Vabadussoja_Ajaloo_Komitee, lk 12
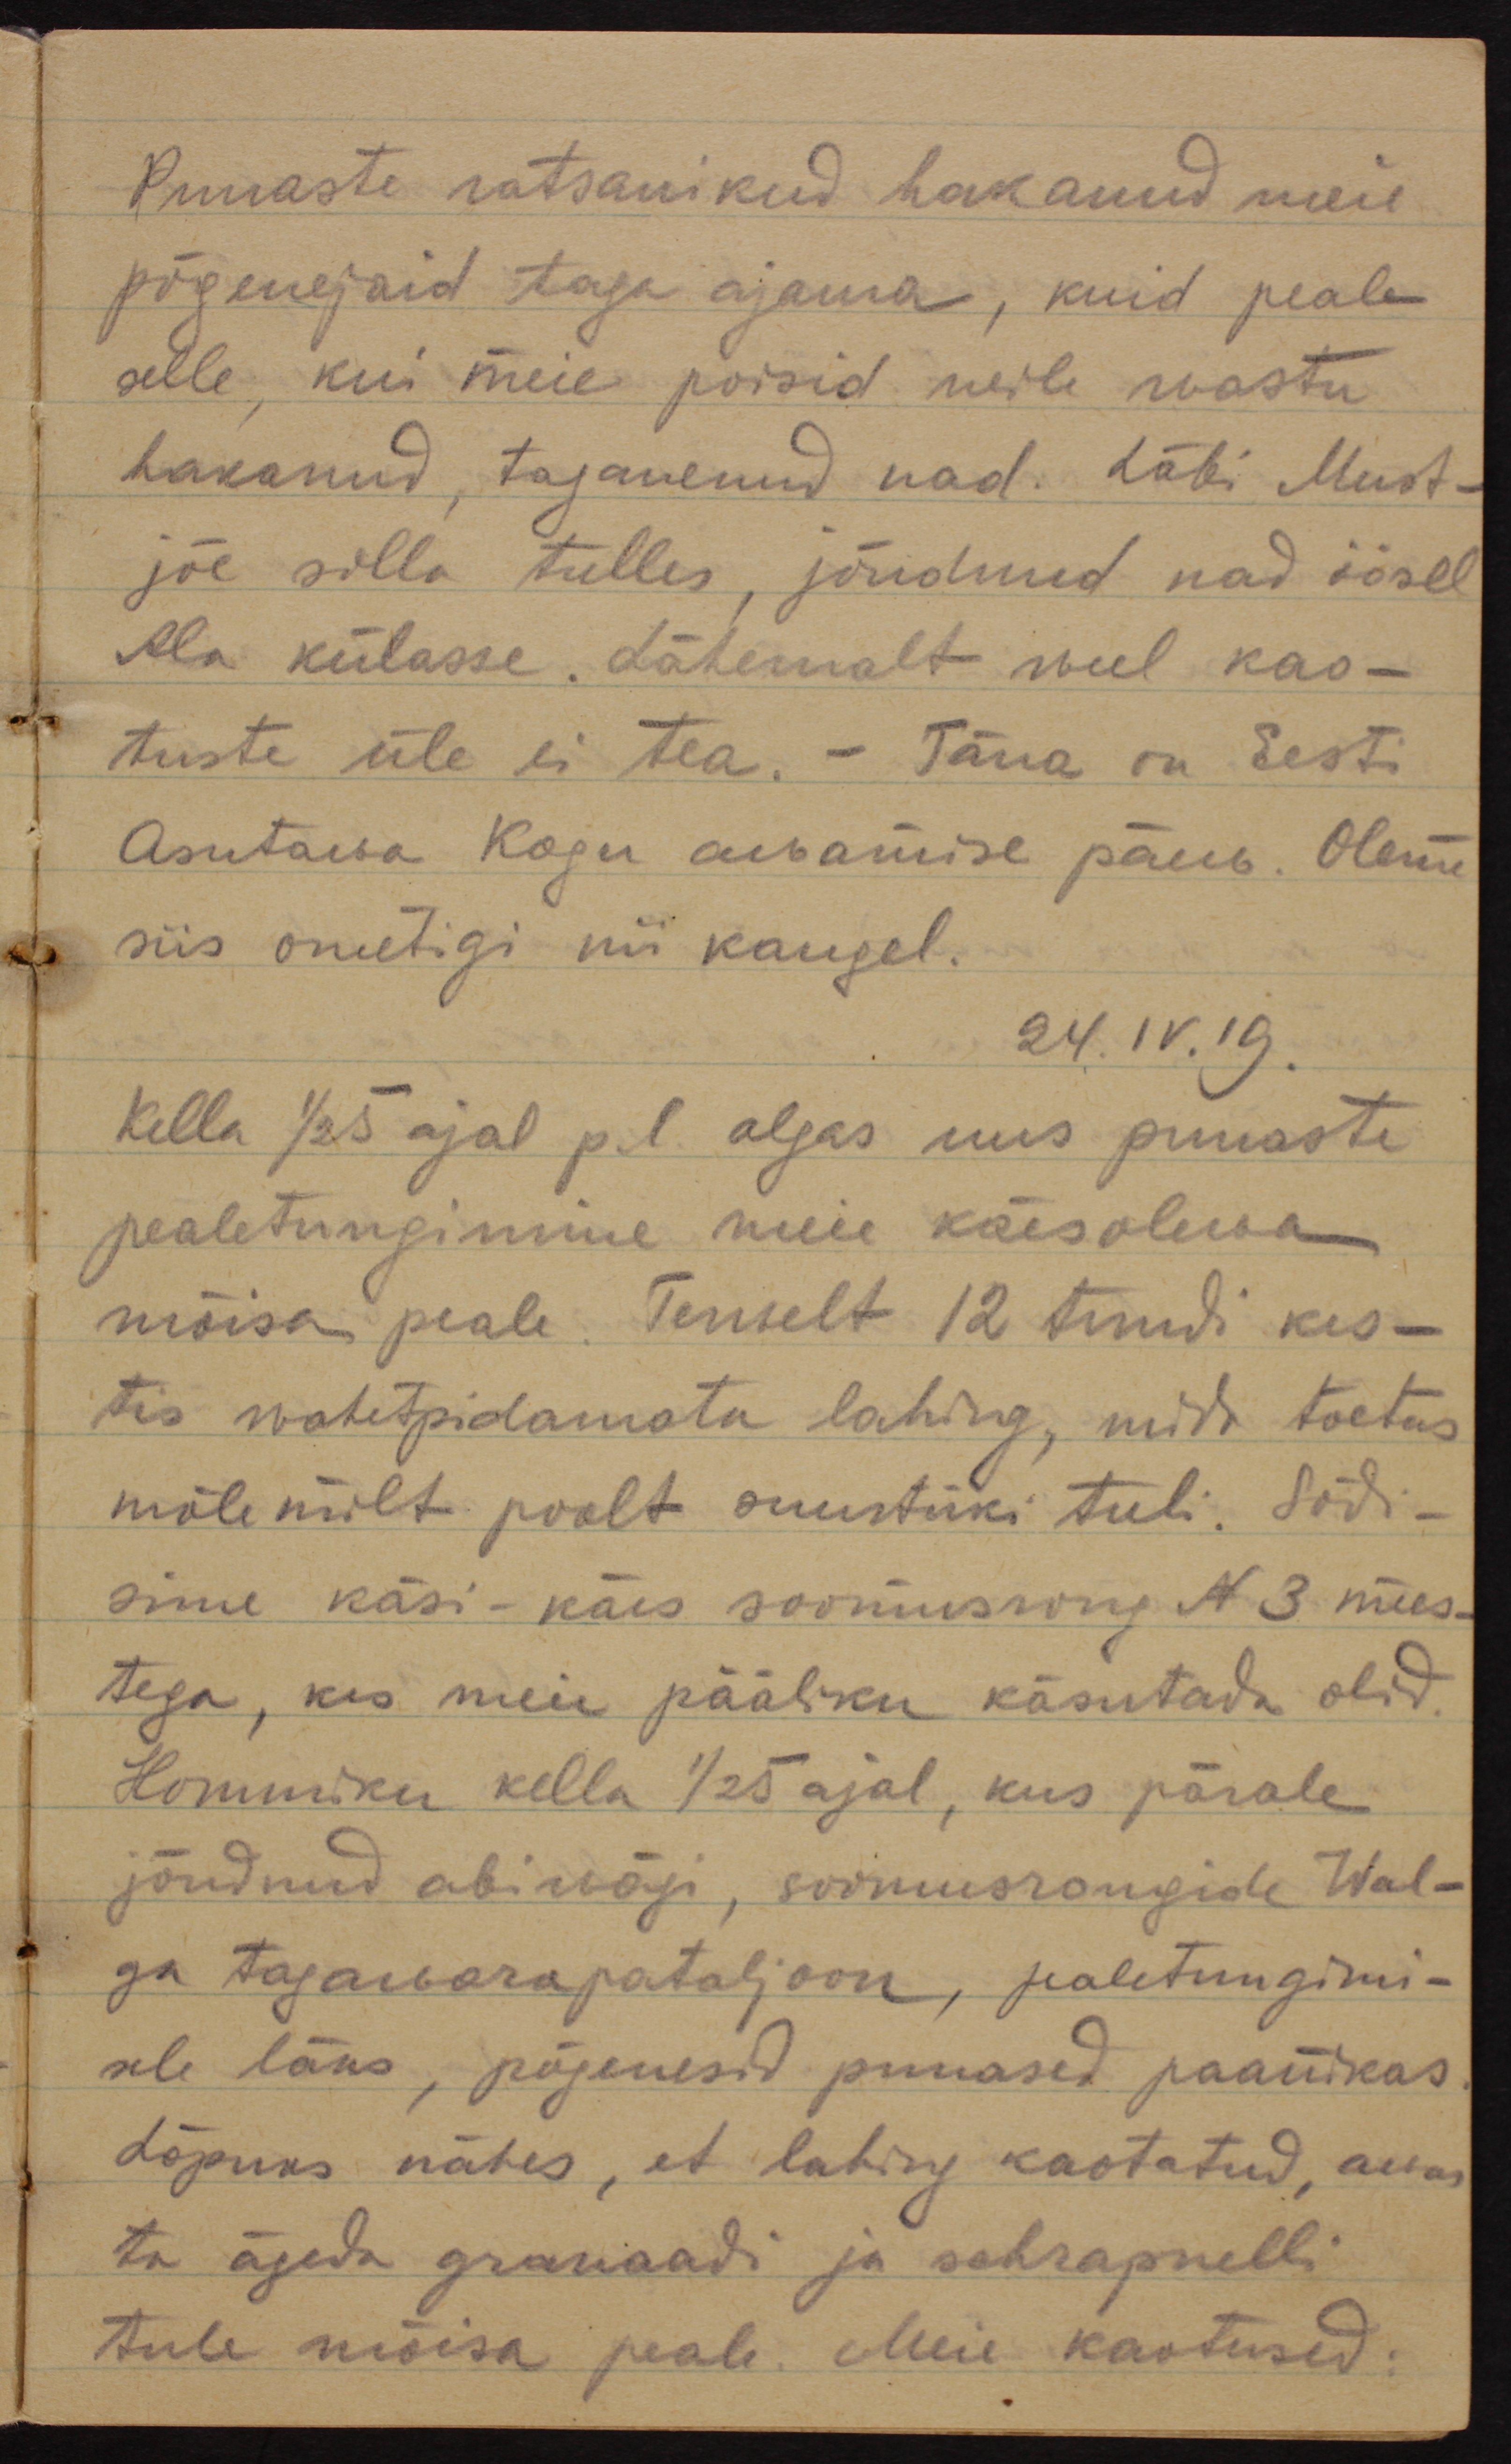
Punaste ratsanikud hakanud meie
põgenejaid taga ajama, kuid peale
selle, kui meie poisid neile wastu
hakanud, taganenud nad. Läbi Must-
jõe silla tulles, jõudnud nad öösel
Ala külasse. Lähemalt weel kao-
tuste üle ei tea. - Täna on Eesti 
Asutawa Kogu awamise päew. Oleme
siis ometigi nii kaugel.
24.IV.19.
Kella 1/2 5 ajal p.l algas uus punaste
pealetungimine meie käesolewa
mõisa peale. Terwelt 12 tundi kes-
tis wahetpidamatu lahing, mida toetas
mõlemilt poolt suurtüki tuli. Sõdi-
sime käsi-käes soomusrong N 3 mees-
tega, kes meie pääliku käsutada olid.
Hommiku kella 1/2 5ajal, kus pärale
jõudnud abiwägi, soomusrongide Wal-
ga tagawarapataljoon, pealetungimi-
sele läks, põgenesid punased paanikas.
Lõpuks nähes, et lahing kaotatud, awas
ta ägeda granaadi ja schrapnelli
tule mõisa peale. Meie kaotused